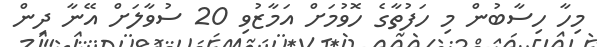
މިހާ ހިސާބުން މި ހަފުތާގެ ހޮވުމަށް އަމާޒުވި 20 ސުވާލަށް އޭނާ ދިން